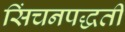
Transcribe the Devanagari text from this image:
सिंचनपद्धती